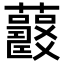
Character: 𧅍